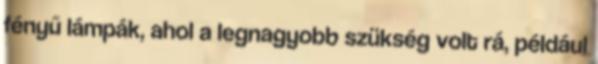
fényű lámpák, ahol a legnagyobb szükség volt rá, például